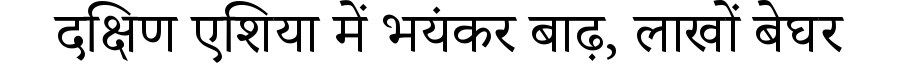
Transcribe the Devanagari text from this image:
दक्षिण एशिया में भयंकर बाढ़, लाखों बेघर